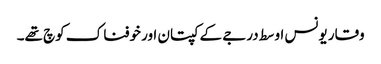
وقار یونس اوسط درجے کے کپتان اور خوفناک کوچ تھے۔